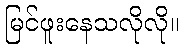
မြင်ဖူးနေသလိုလို။